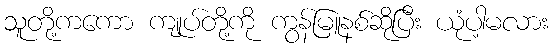
သူတို့ကကော ကျုပ်တို့ကို ကွန်မြူနစ်ဆိုပြီး ယုံပါ့မလား